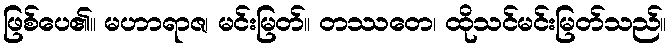
ဖြစ်ပေ၏။ မဟာရာဇ၊ မင်းမြတ်။ တဿတေ၊ ထိုသင်မင်းမြတ်သည်။